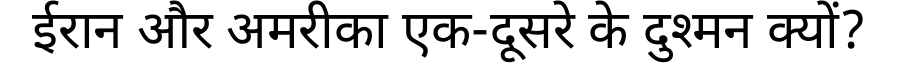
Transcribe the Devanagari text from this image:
ईरान और अमरीका एक-दूसरे के दुश्मन क्यों?